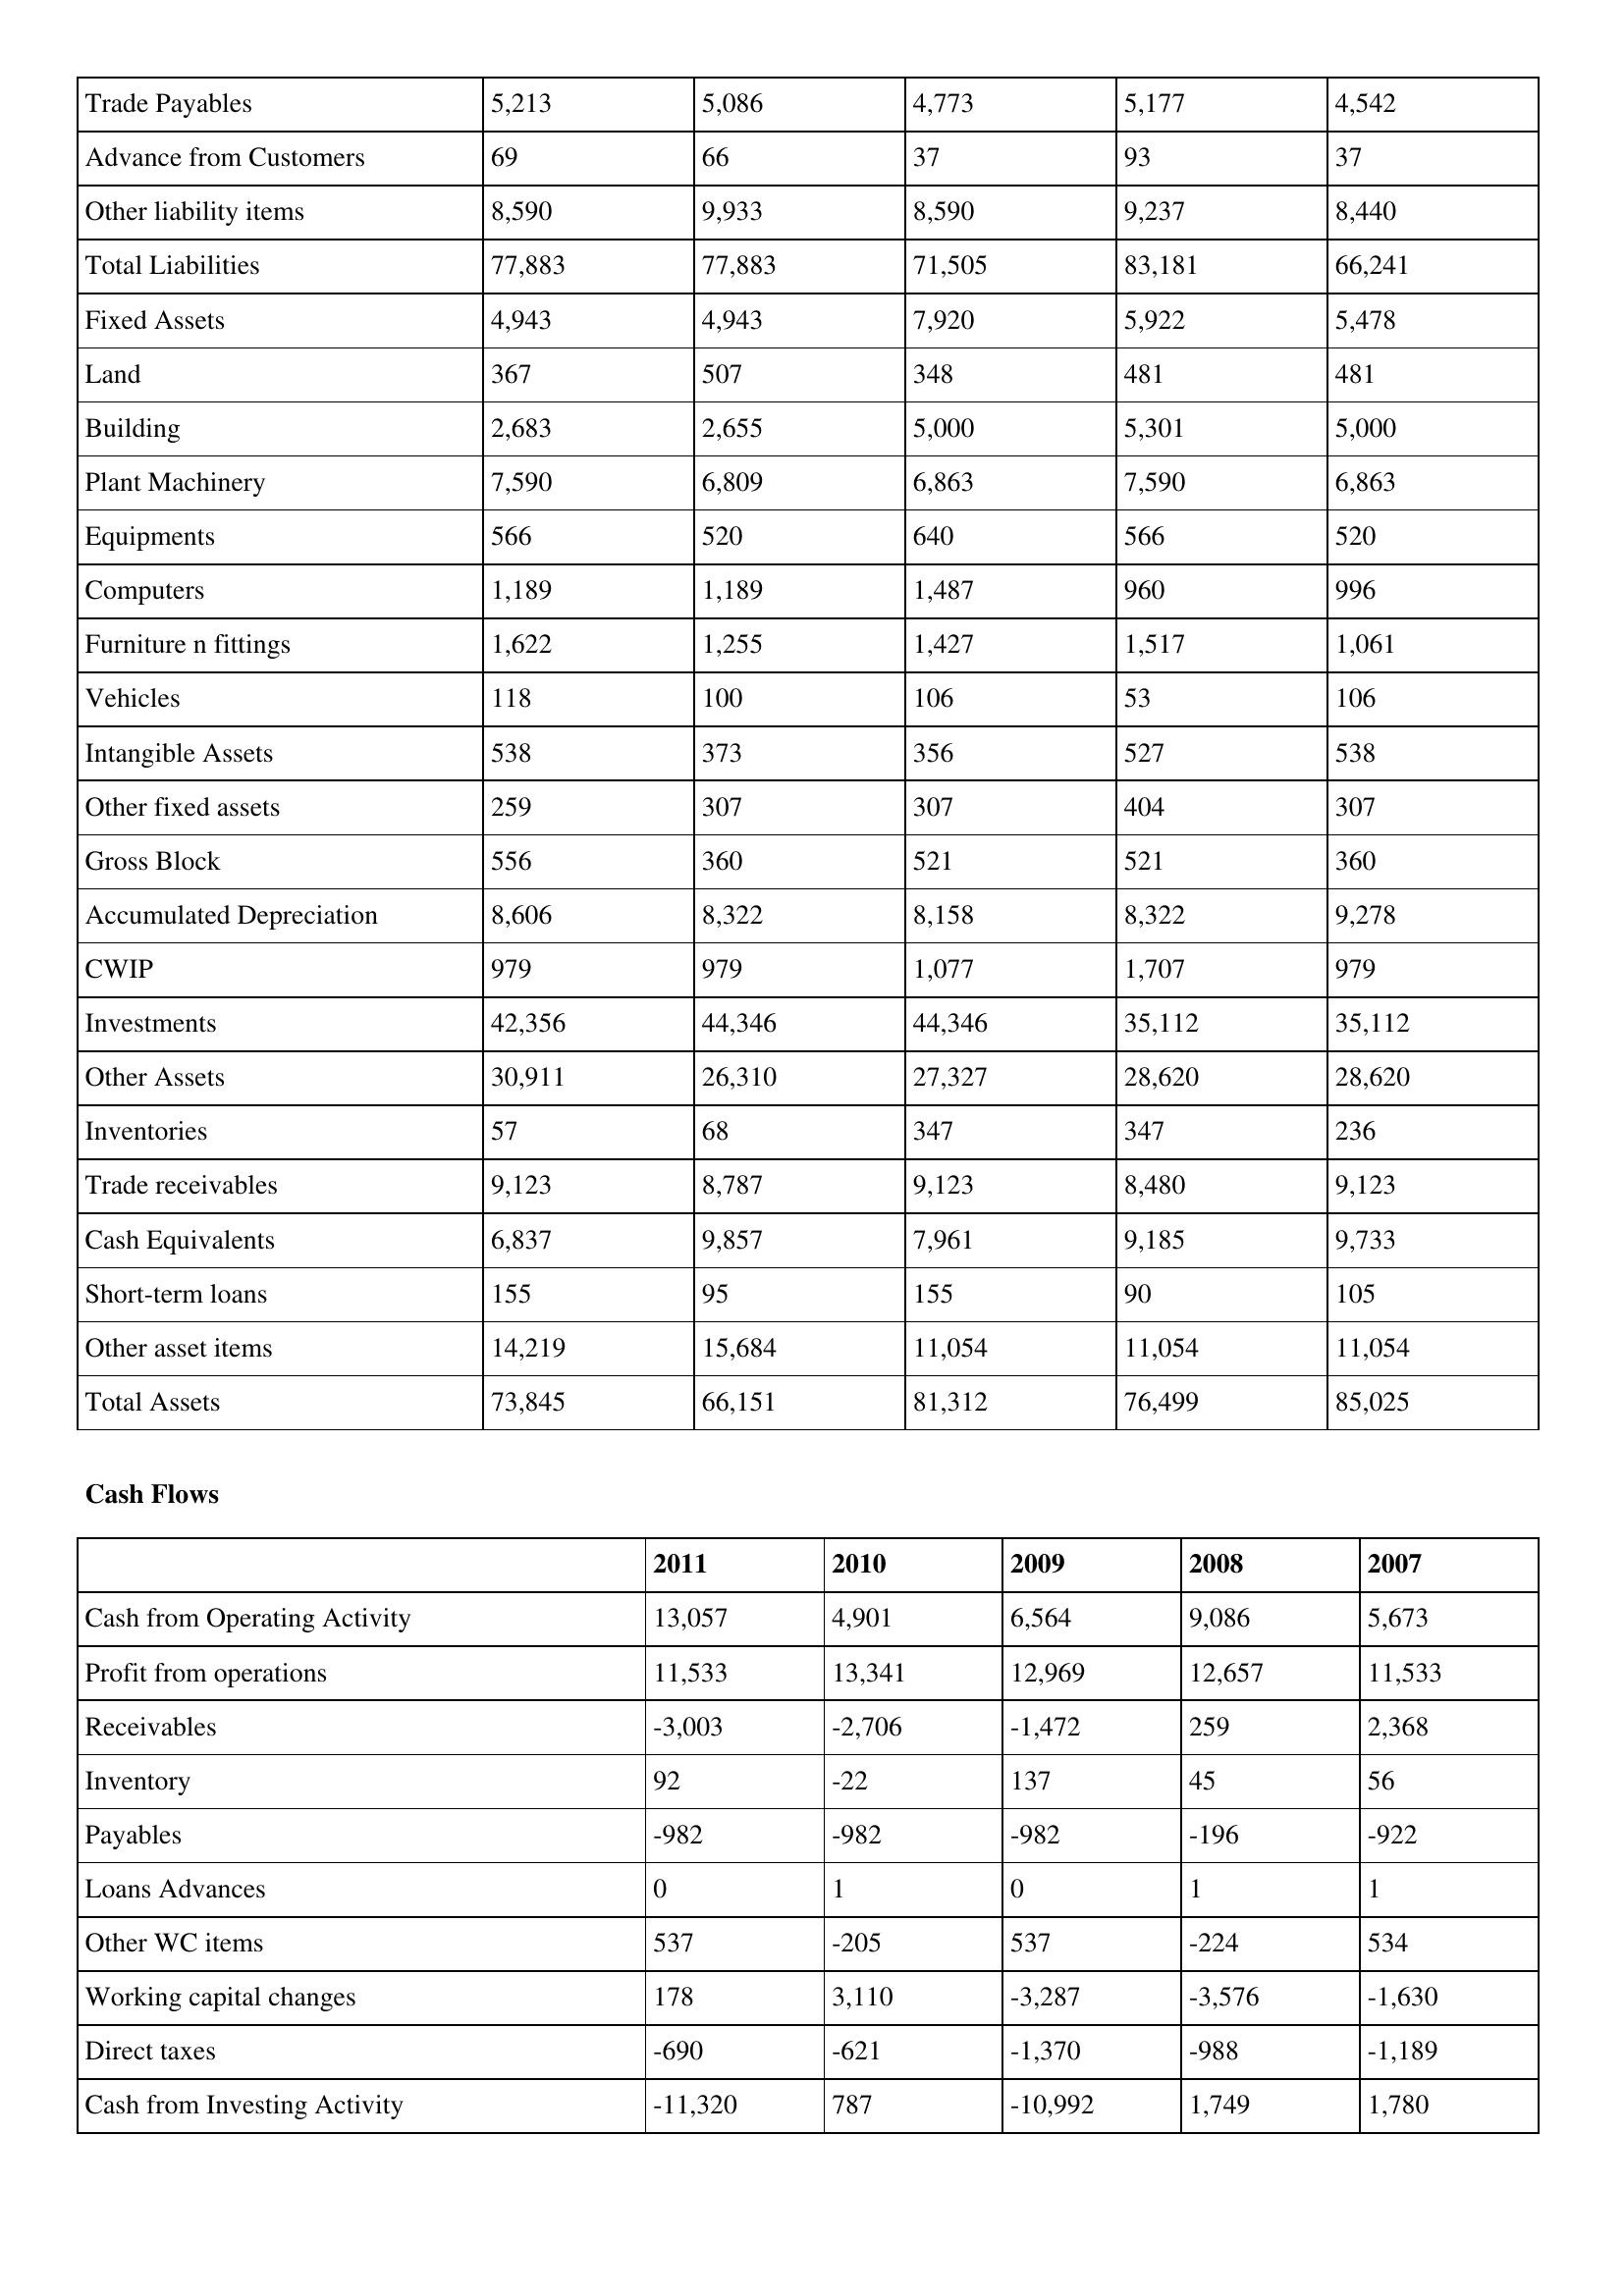
gt_parse: 2011: Balance Sheet: Trade Payables: 5,213
Advance from Customers: 69
Other liability items: 8,590
Total Liabilities: 77,883
Fixed Assets: 4,943
Land: 367
Building: 2,683
Plant Machinery: 7,590
Equipments: 566
Computers: 1,189
Furniture n fittings: 1,622
Vehicles: 118
Intangible Assets: 538
Other fixed assets: 259
Gross Block: 556
Accumulated Depreciation: 8,606
CWIP: 979
Investments: 42,356
Other Assets: 30,911
Inventories: 57
Trade receivables: 9,123
Cash Equivalents: 6,837
Short-term loans: 155
Other asset items: 14,219
Total Assets: 73,845
Cash Flows: Cash from Operating Activity: 13,057
Profit from operations: 11,533
Receivables: -3,003
Inventory: 92
Payables: -982
Loans Advances: 0
Other WC items: 537
Working capital changes: 178
Direct taxes: -690
Cash from Investing Activity: -11,320
2010: Balance Sheet: Trade Payables: 5,086
Advance from Customers: 66
Other liability items: 9,933
Total Liabilities: 77,883
Fixed Assets: 4,943
Land: 507
Building: 2,655
Plant Machinery: 6,809
Equipments: 520
Computers: 1,189
Furniture n fittings: 1,255
Vehicles: 100
Intangible Assets: 373
Other fixed assets: 307
Gross Block: 360
Accumulated Depreciation: 8,322
CWIP: 979
Investments: 44,346
Other Assets: 26,310
Inventories: 68
Trade receivables: 8,787
Cash Equivalents: 9,857
Short-term loans: 95
Other asset items: 15,684
Total Assets: 66,151
Cash Flows: Cash from Operating Activity: 4,901
Profit from operations: 13,341
Receivables: -2,706
Inventory: -22
Payables: -982
Loans Advances: 1
Other WC items: -205
Working capital changes: 3,110
Direct taxes: -621
Cash from Investing Activity: 787
2009: Balance Sheet: Trade Payables: 4,773
Advance from Customers: 37
Other liability items: 8,590
Total Liabilities: 71,505
Fixed Assets: 7,920
Land: 348
Building: 5,000
Plant Machinery: 6,863
Equipments: 640
Computers: 1,487
Furniture n fittings: 1,427
Vehicles: 106
Intangible Assets: 356
Other fixed assets: 307
Gross Block: 521
Accumulated Depreciation: 8,158
CWIP: 1,077
Investments: 44,346
Other Assets: 27,327
Inventories: 347
Trade receivables: 9,123
Cash Equivalents: 7,961
Short-term loans: 155
Other asset items: 11,054
Total Assets: 81,312
Cash Flows: Cash from Operating Activity: 6,564
Profit from operations: 12,969
Receivables: -1,472
Inventory: 137
Payables: -982
Loans Advances: 0
Other WC items: 537
Working capital changes: -3,287
Direct taxes: -1,370
Cash from Investing Activity: -10,992
2008: Balance Sheet: Trade Payables: 5,177
Advance from Customers: 93
Other liability items: 9,237
Total Liabilities: 83,181
Fixed Assets: 5,922
Land: 481
Building: 5,301
Plant Machinery: 7,590
Equipments: 566
Computers: 960
Furniture n fittings: 1,517
Vehicles: 53
Intangible Assets: 527
Other fixed assets: 404
Gross Block: 521
Accumulated Depreciation: 8,322
CWIP: 1,707
Investments: 35,112
Other Assets: 28,620
Inventories: 347
Trade receivables: 8,480
Cash Equivalents: 9,185
Short-term loans: 90
Other asset items: 11,054
Total Assets: 76,499
Cash Flows: Cash from Operating Activity: 9,086
Profit from operations: 12,657
Receivables: 259
Inventory: 45
Payables: -196
Loans Advances: 1
Other WC items: -224
Working capital changes: -3,576
Direct taxes: -988
Cash from Investing Activity: 1,749
2007: Balance Sheet: Trade Payables: 4,542
Advance from Customers: 37
Other liability items: 8,440
Total Liabilities: 66,241
Fixed Assets: 5,478
Land: 481
Building: 5,000
Plant Machinery: 6,863
Equipments: 520
Computers: 996
Furniture n fittings: 1,061
Vehicles: 106
Intangible Assets: 538
Other fixed assets: 307
Gross Block: 360
Accumulated Depreciation: 9,278
CWIP: 979
Investments: 35,112
Other Assets: 28,620
Inventories: 236
Trade receivables: 9,123
Cash Equivalents: 9,733
Short-term loans: 105
Other asset items: 11,054
Total Assets: 85,025
Cash Flows: Cash from Operating Activity: 5,673
Profit from operations: 11,533
Receivables: 2,368
Inventory: 56
Payables: -922
Loans Advances: 1
Other WC items: 534
Working capital changes: -1,630
Direct taxes: -1,189
Cash from Investing Activity: 1,780